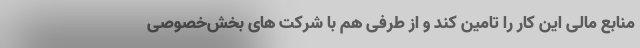
منابع مالی این کار را تامین کند و از طرفی هم با شرکت های بخش‌خصوصی